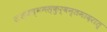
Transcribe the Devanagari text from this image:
शश्वन्नमस्कुर्वन्तमादरात्